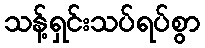
သန့်ရှင်းသပ်ရပ်စွာ